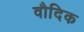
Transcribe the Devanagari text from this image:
वौदिक